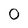
Character: 0